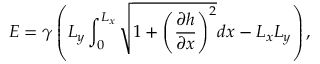
E = \gamma \left( L _ { y } \int _ { 0 } ^ { L _ { x } } \sqrt { 1 + \left( \frac { \partial h } { \partial x } \right) ^ { 2 } } d x - L _ { x } L _ { y } \right) ,